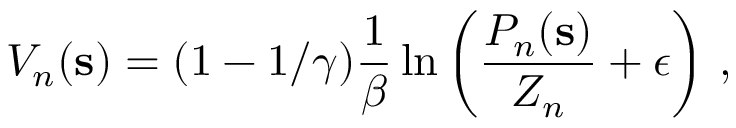
V _ { n } ( \mathbf { s } ) = ( 1 - 1 / \gamma ) \frac { 1 } { \beta } \ln \left( \frac { P _ { n } ( \mathbf { s } ) } { Z _ { n } } + \epsilon \right) \, ,